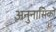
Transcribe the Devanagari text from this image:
अनुनासिकों